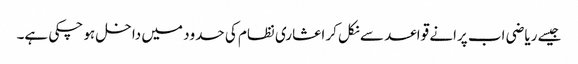
جیسے ریاضی اب پرانے قواعد سے نکل کر اعشاری نظام کی حدود میں داخل ہو چکی ہے۔